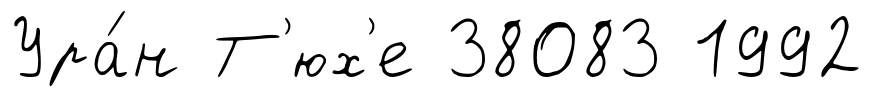
Ура́н Т'юх'е 38083 1992